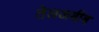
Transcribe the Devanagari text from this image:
तेलअबीब